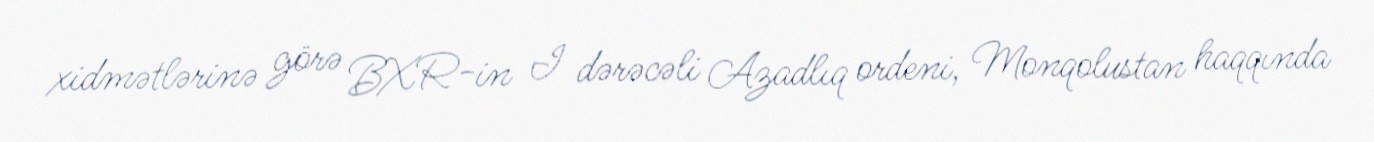
xidmətlərinə görə BXR-in I dərəcəli Azadlıq ordeni, Monqolustan haqqında